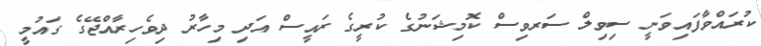
ކުރައްވާފައިވަނީ ސިވިލް ސަރވިސް ކޮމިޝަނުގެ ކުރީގެ ރައީސް އަދި މިހާރު ދިވެހިރާއްޖޭގެ ގައުމީ